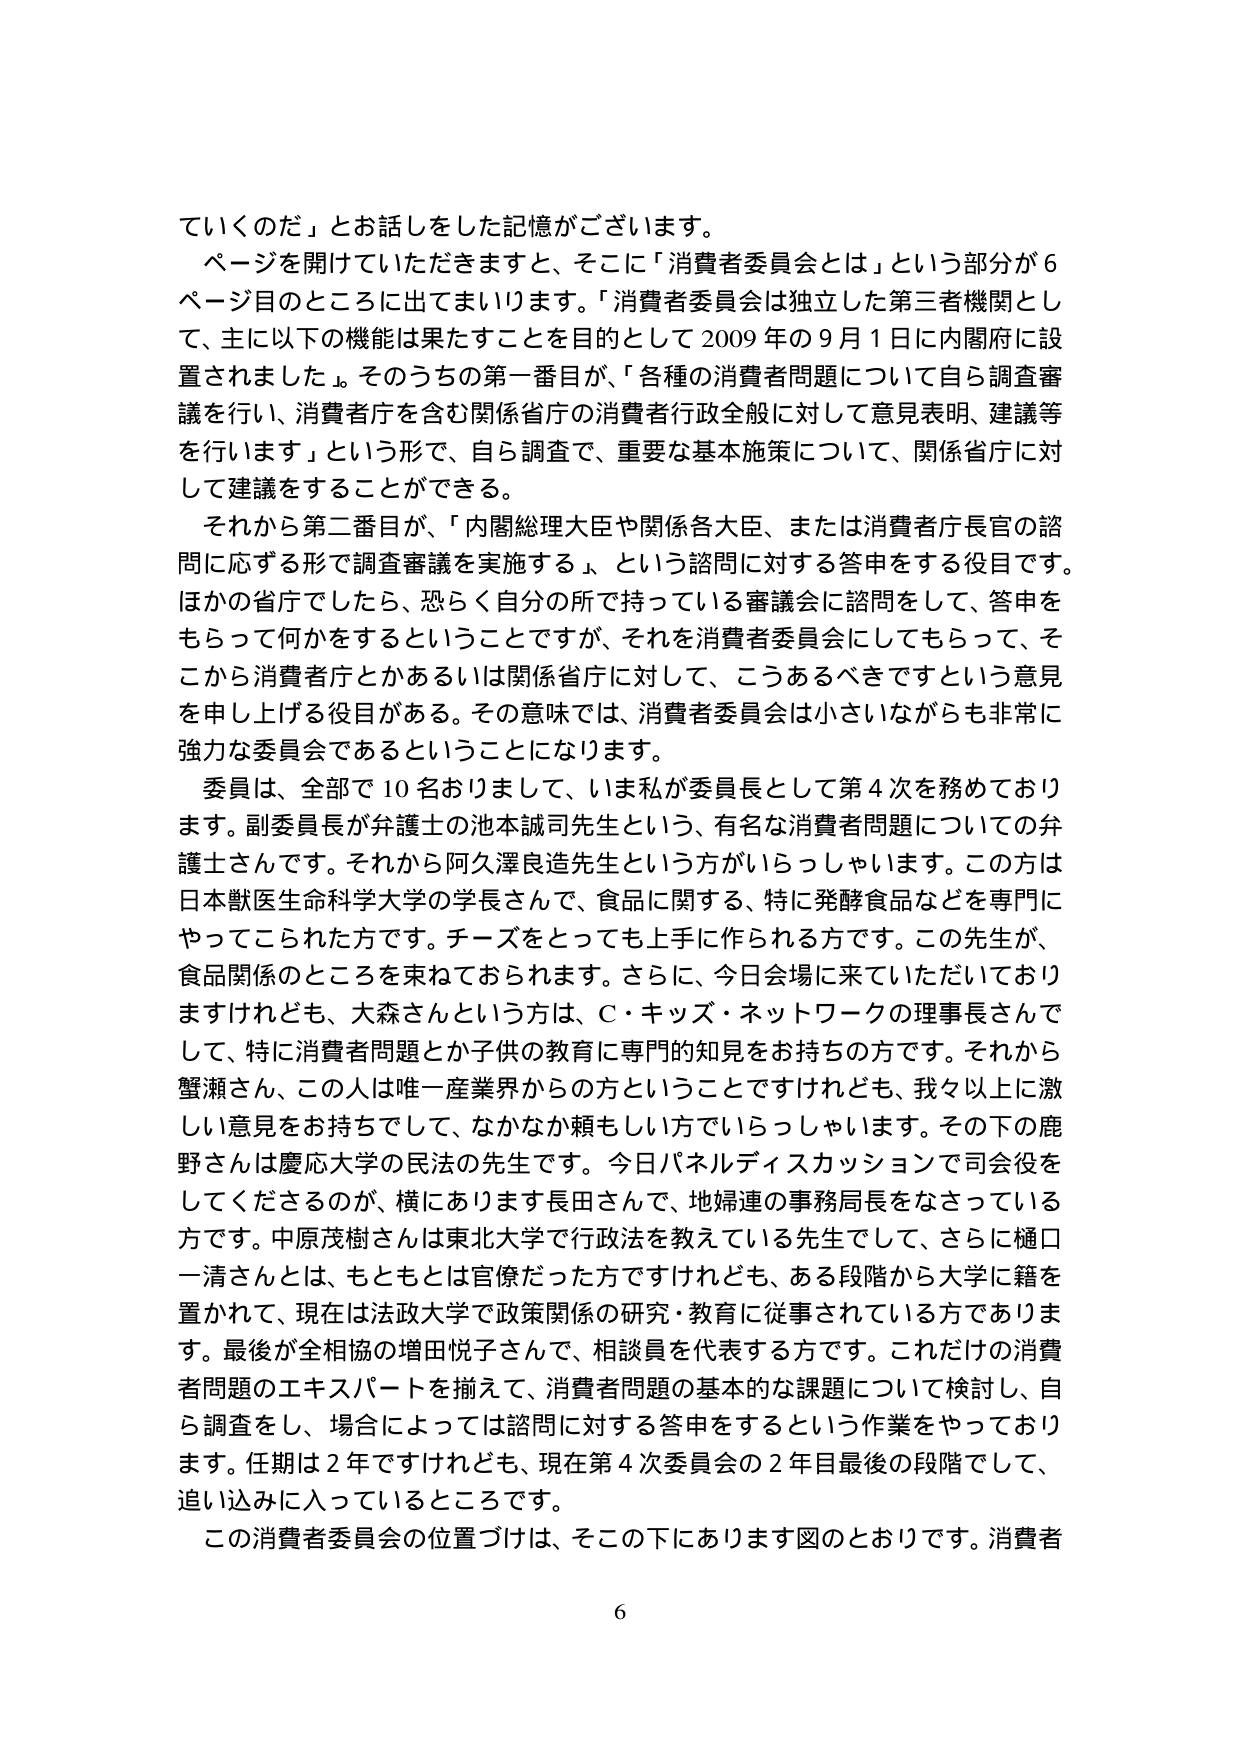
ていくのだ」とお話しをした記憶がございます。

ページを開けていただきますと、そこに「消費者委員会とは」という部分が6ページ目のところに出てまいります。「消費者委員会は独立した第三者機関として、主に以下の機能は果たすことを目的として2009年の9月1日に内閣府に設置されました」。そのうちの第一番目が、「各種の消費者問題について自ら調査審議を行い、消費者庁を含む関係省庁の消費者行政全般に対して意見表明、建議等を行います」という形で、自ら調査で、重要な基本施策について、関係省庁に対して建議をすることができる。

それから第二番目が、「内閣総理大臣や関係各大臣、または消費者庁長官の諮問に応ずる形で調査審議を実施する」、という諮問に対する答申をする役目です。ほかの省庁でしたら、恐らく自分の所で持っている審議会に諮問をして、答申をもらって何かをするということですが、それを消費者委員会にしてもらって、そこから消費者庁とかあるいは関係省庁に対して、こうあるべきですという意見を申し上げる役目がある。その意味では、消費者委員会は小さいながらも非常に強力な委員会であるということになります。

委員は、全部で10名おりまして、いま私が委員長として第4次を務めております。副委員長が弁護士の池本誠司先生という、有名な消費者問題についての弁護士さんです。それから阿久澤良造先生という方がいらっしゃいます。この方は日本獣医生命科学大学の学長さんで、食品に関する、特に発酵食品などを専門にやってこられた方です。チーズをとっても上手に作られる方です。この先生が、食品関係のところを束ねておられます。さらに、今日会場に来ていただいておりますけれども、大森さんという方は、C・キッズ・ネットワークの理事長さんでして、特に消費者問題とか子供の教育に専門的知見をお持ちの方です。それから蟹瀬さん、この人は唯一産業界からの方ということですけれども、我々以上に激しい意見をお持ちでして、なかなか頼もしい方でいらっしゃいます。その下の鹿野さんは慶応大学の民法の先生です。今日パネルディスカッションで司会役をしてくださるのが、横にあります長田さんで、地婦連の事務局長をなさっている方です。中原茂樹さんは東北大学で行政法を教えている先生でして、さらに樋口一清さんとは、もともとは官僚だった方ですけれども、ある段階から大学に籍を置かれて、現在は法政大学で政策関係の研究・教育に従事されている方であります。最後が全相協の増田悦子さんで、相談員を代表する方です。これだけの消費者問題のエキスパートを揃えて、消費者問題の基本的な課題について検討し、自ら調査をし、場合によっては諮問に対する答申をするという作業をやっております。任期は2年ですけれども、現在第4次委員会の2年目最後の段階でして、追い込みに入っているところです。

この消費者委員会の位置づけは、そこの下にあります図のとおりです。消費者

6